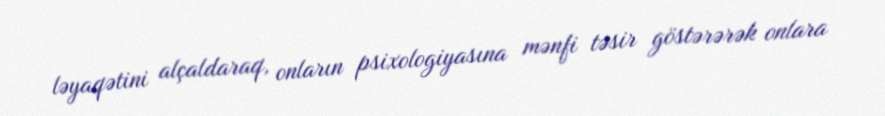
ləyaqətini alçaldaraq, onların psixologiyasına mənfi təsir göstərərək onlara